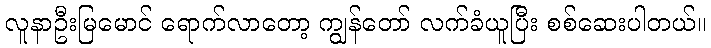
လူနာဦးမြမောင် ရောက်လာတော့ ကျွန်တော် လက်ခံယူပြီး စစ်ဆေးပါတယ်။